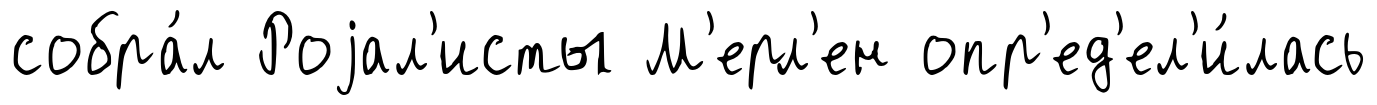
собра́л Роjал'исты М'ерл'ен опр'ед'ел'и́лась